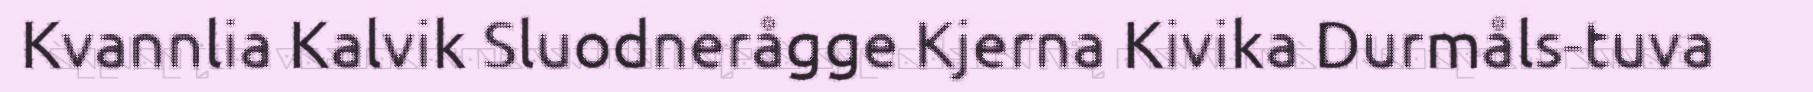
Kvannlia Kalvik Sluodnerågge Kjerna Kivika Durmåls-tuva